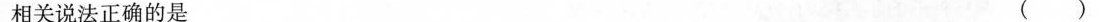
相关说法正确的是( )